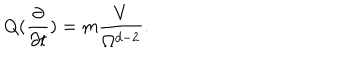
Q ( \frac { \partial } { \partial t } ) = m \frac { V } { \Omega ^ { d - 2 } } .